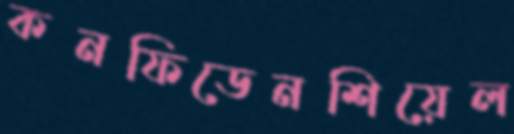
কনফিডেনশিয়েল